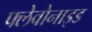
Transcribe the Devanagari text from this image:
फ्लेवोनाइड